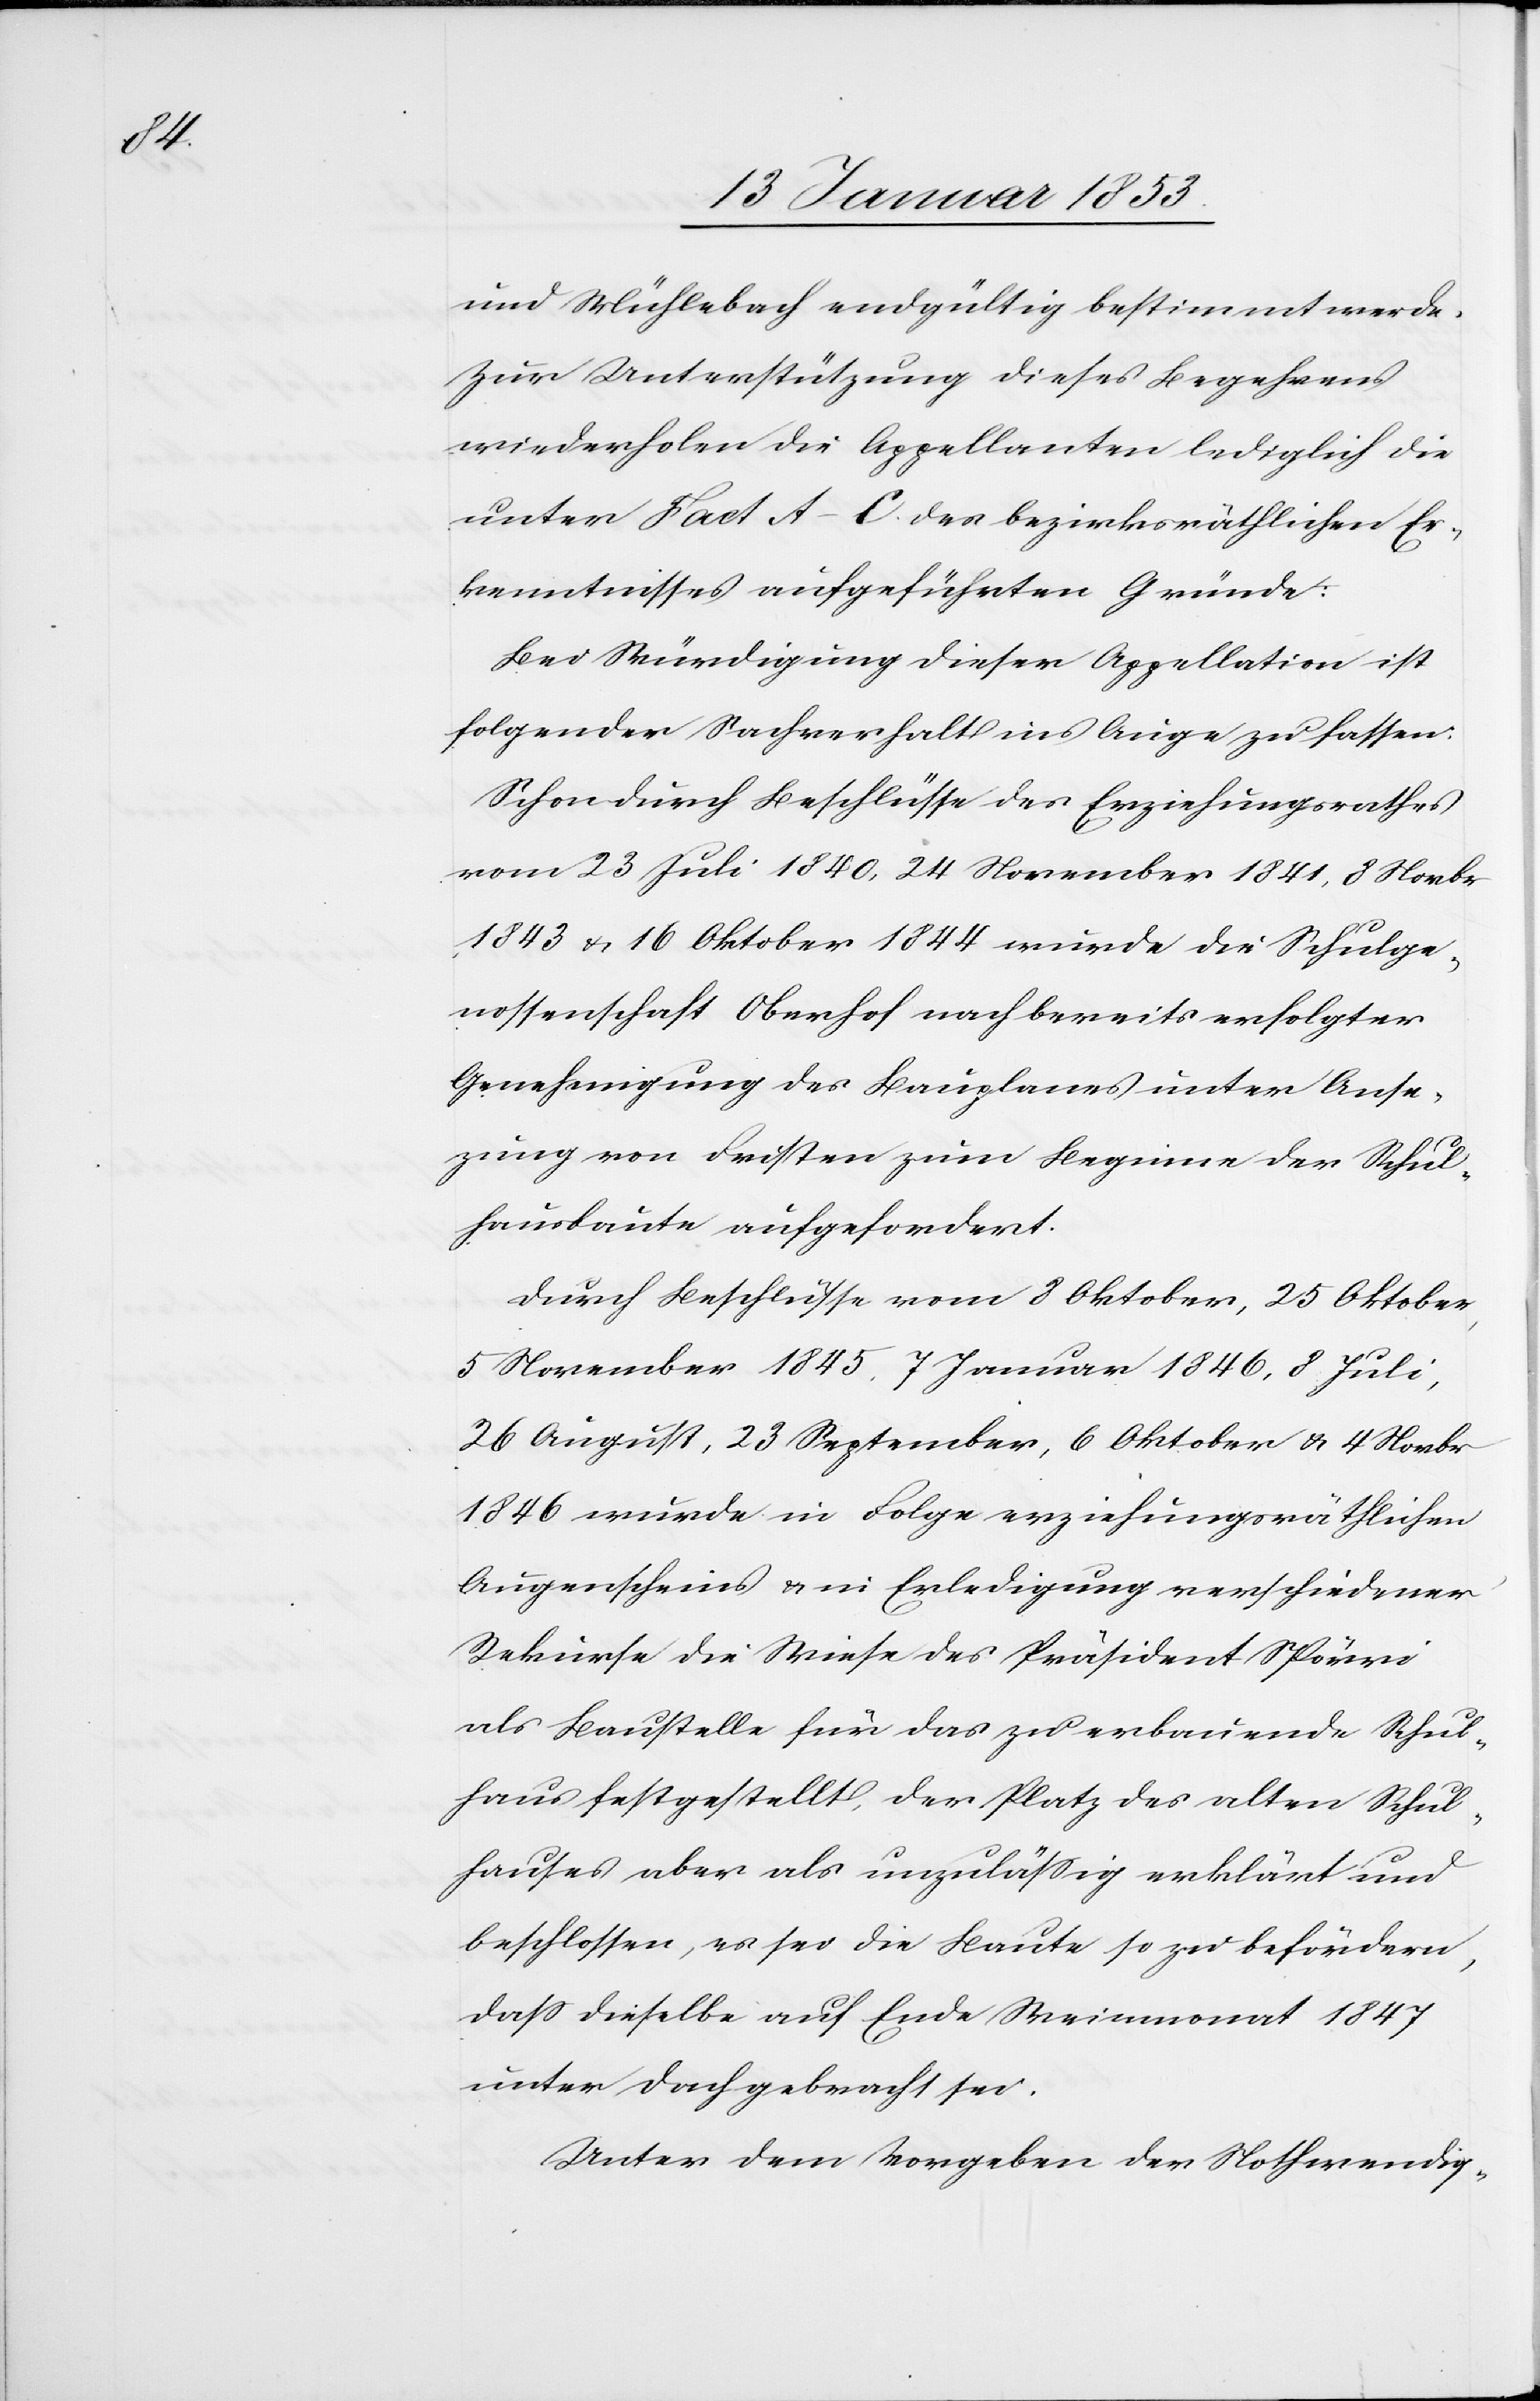
keit

und Mühlebach endgültig bestimmt werde.
Zur Unterstützung dieses Begehrens
wiederholen die Appellanten lediglich die
unter Fact A–C. des bezirksräthlichen Er¬
kenntnisses angeführten Gründe:
Bei Würdigung dieser Appellation ist
folgender Sachverhalt ins Auge zu fassen:
Schon durch Beschlüsse des Erziehungsrathes
vom 23 Juli 1840, 24 November 1841, 8 Novbr
1843 u. 16 Oktober 1844 wurde die Schulge¬
nossenschaft Oberhof nach bereits erfolgter
Genehmigung des Bauplanes unter Anse¬
hausbaute aufgefordert.
Durch Beschlüsse vom 8 Oktober, 25 Oktober,
5 November 1845, 7 Januar 1846, 8 Juli,
26 August, 23 September, 6 Oktober u. 4 Novbr
1846 wurde in Folge erziehungsräthlichen
Augenscheins u. in Erledigung verschiedener
Rekurse die Wiese des Präsident Spörri
als Baustelle für das zu erbauende Schul¬
haus festgestellt, der Platz des alten Schul¬
hauses aber als unzuläßig erklärt und
beschlossen, es sei die Baute so zu befördern,
daß dieselbe auf Ende Maimonat 1847
unter Dach gebracht sei.
Unter dem Vorgeben der Nothwendig¬